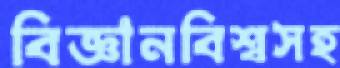
বিজ্ঞানবিশ্বসহ